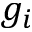
g _ { i }